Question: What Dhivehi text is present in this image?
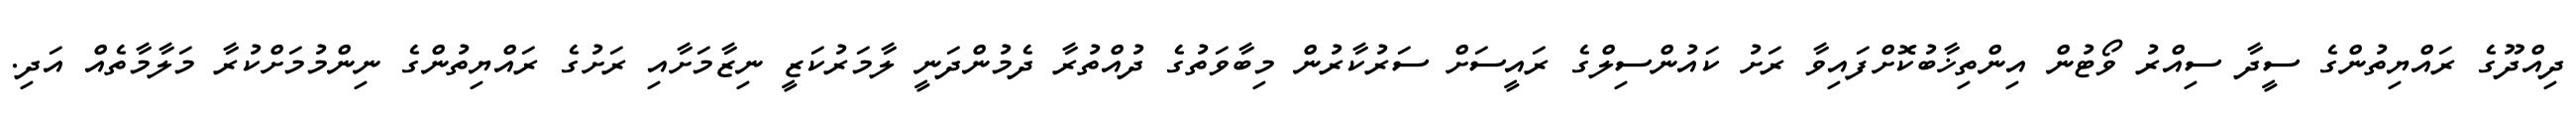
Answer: ދިއްދޫގެ ރައްޔިތުންގެ ސީދާ ސިއްރު ވޯޓުން އިންތިޚާބުކޮށްފައިވާ ރަށު ކައުންސިލްގެ ރައީސަށް ސަރުކާރުން މިބާވަތުގެ ދުއްތުރާ ދެމުންދަނީ ލާމަރުކަޒީ ނިޒާމަށާއި ރަށުގެ ރައްޔިތުންގެ ނިންމުމަށްކުރާ މަލާމާތެއް އަދި.